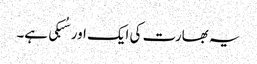
یہ بھارت کی ایک اور سُبکی ہے۔